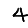
Digit: 4